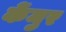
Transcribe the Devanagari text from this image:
केंमुर